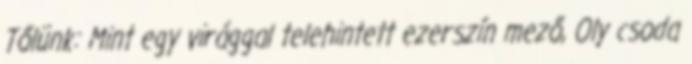
Tőlünk: Mint egy virággal telehintett ezerszín mező, Oly csoda